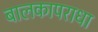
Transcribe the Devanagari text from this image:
बालकापराधा